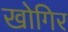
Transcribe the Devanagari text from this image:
खोगिर